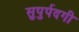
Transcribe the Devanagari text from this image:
सुपुर्पदगी